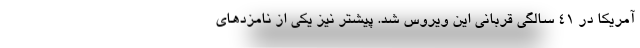
آمریکا در ۴۱ سالگی قربانی این ویروس شد. پیشتر نیز یکی از نامزدهای